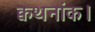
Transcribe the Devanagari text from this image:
क्वथनांक।